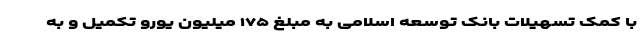
با کمک تسهیلات بانک توسعه اسلامی به مبلغ ۱۷۵ میلیون یورو تکمیل و به